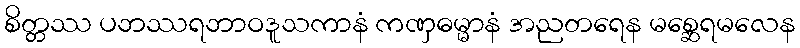
စိတ္တဿ ပဘဿရဘာဝဒူသကာနံ ကဏှဓမ္မာနံ အညတရေန မစ္ဆေရမလေန